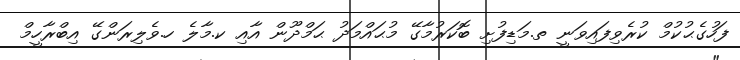
ފަހުގެޙުކުމް ކުރެވިފައިވަނީ ތ.މަޑިފުށި ބޮކަރުމާގޭ މުޙައްމަދު ޙަމްދޫން އާއި ކ.މާލެ ހ.ވެލިރަންގޭ އިބްރާހީމް